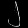
Digit: ၂